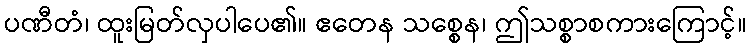
ပဏီတံ၊ ထူးမြတ်လှပါပေ၏။ ဧတေန သစ္စေန၊ ဤသစ္စာစကားကြောင့်။